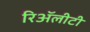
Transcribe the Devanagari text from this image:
रिॲलीटी